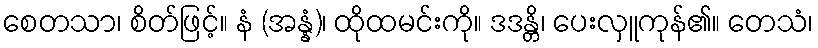
စေတသာ၊ စိတ်ဖြင့်။ နံ (အန္နံ)၊ ထိုထမင်းကို။ ဒဒန္တိ၊ ပေးလှူကုန်၏။ တေသံ၊